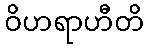
ဝိဟရာဟီတိ